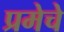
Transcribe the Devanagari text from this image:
प्रमेचे